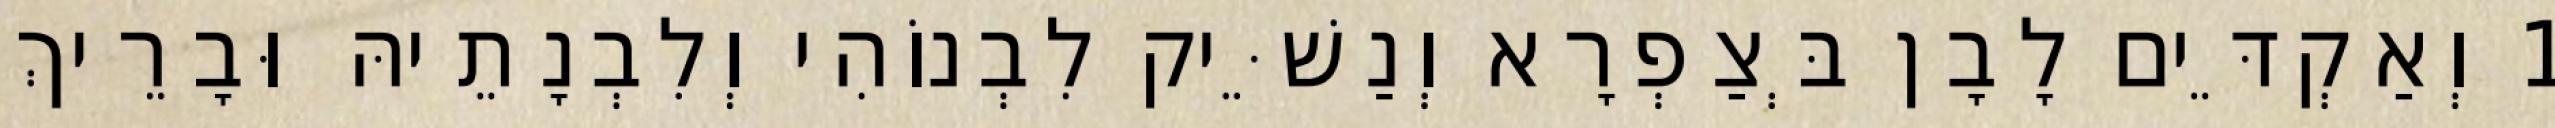
1 וְאַקְדֵּים לָבָן בְּצַפְרָא וְנַשֵּׁיק לִבְנוֹהִי וְלִבְנָתֵיהּ וּבָרֵיךְ